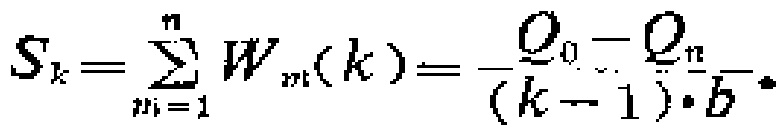
\[S_{k}=\sum_{m = 1}^{n}W_{m}(k)=\frac{Q_{0}-Q_{n}}{(k - 1)\cdot b}\]